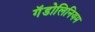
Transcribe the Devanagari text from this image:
गॅडोलिनियम